Bréfritari: Stefanía Siggeirsdóttir
Viðtakandi: Páll Pálsson
Dagsetning: A-1866-03-02
Skrifað á: Hraungerði  Árn.
Stefanía var bróðurdóttir Páls Pálssonar

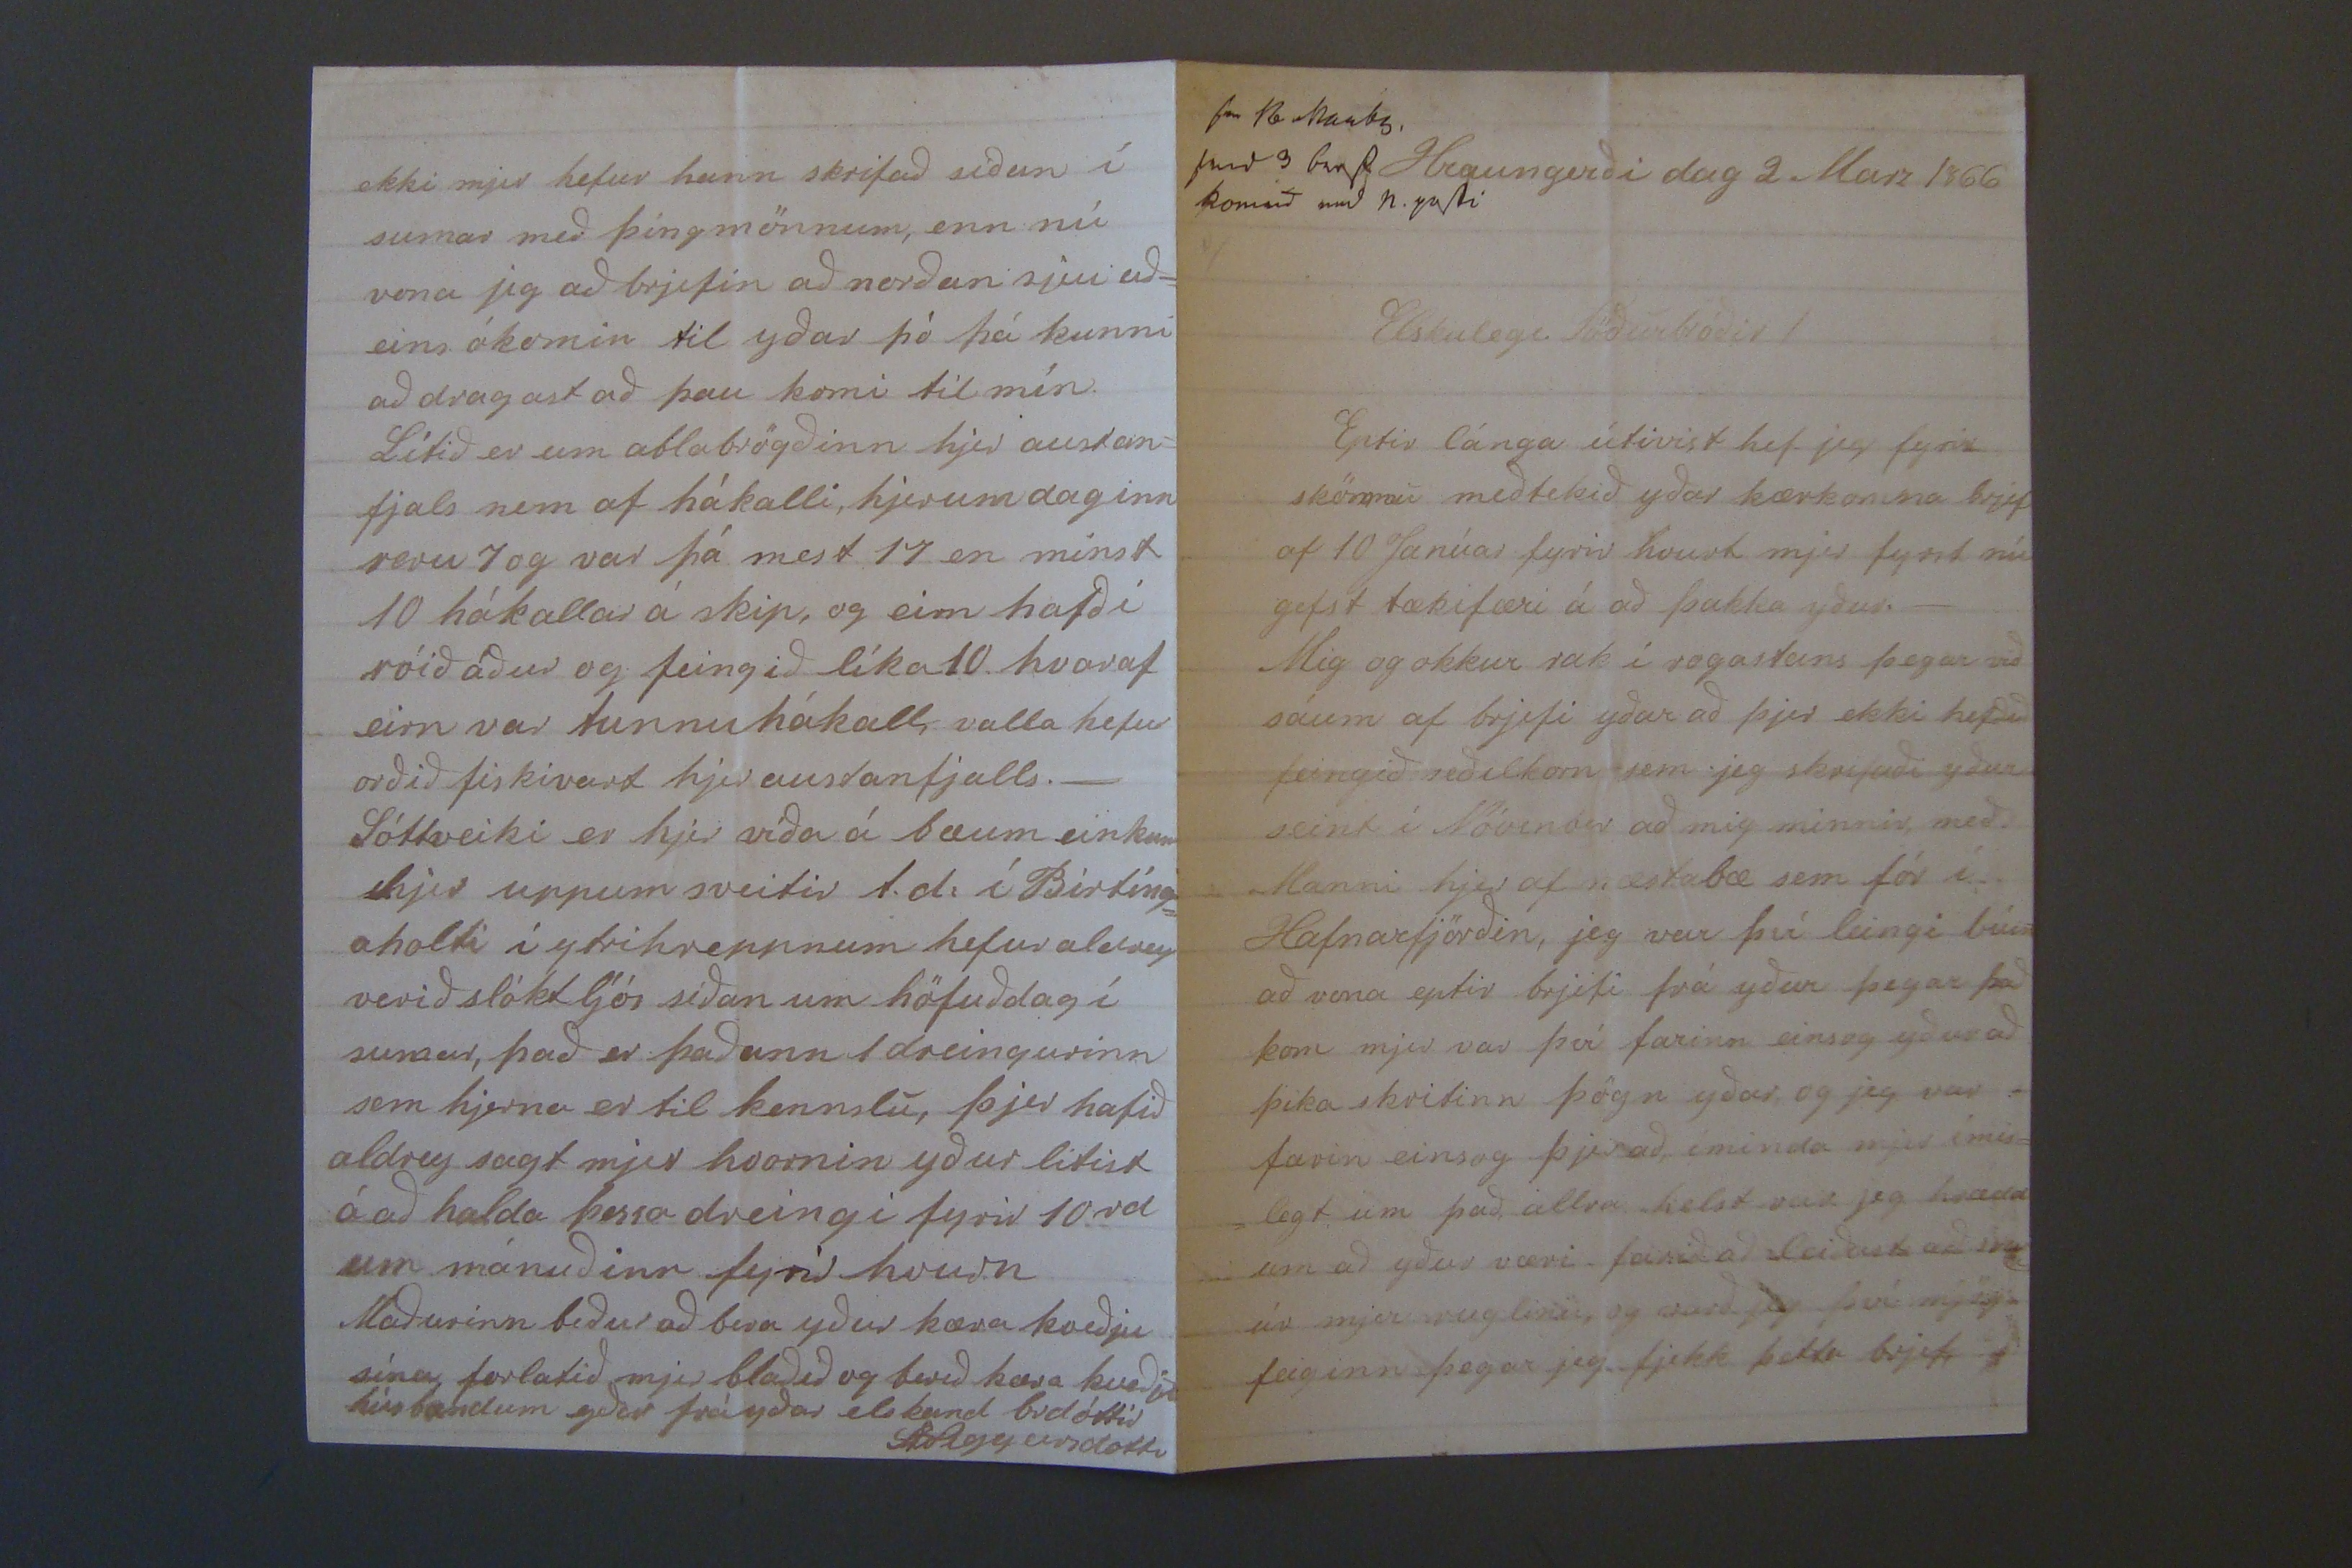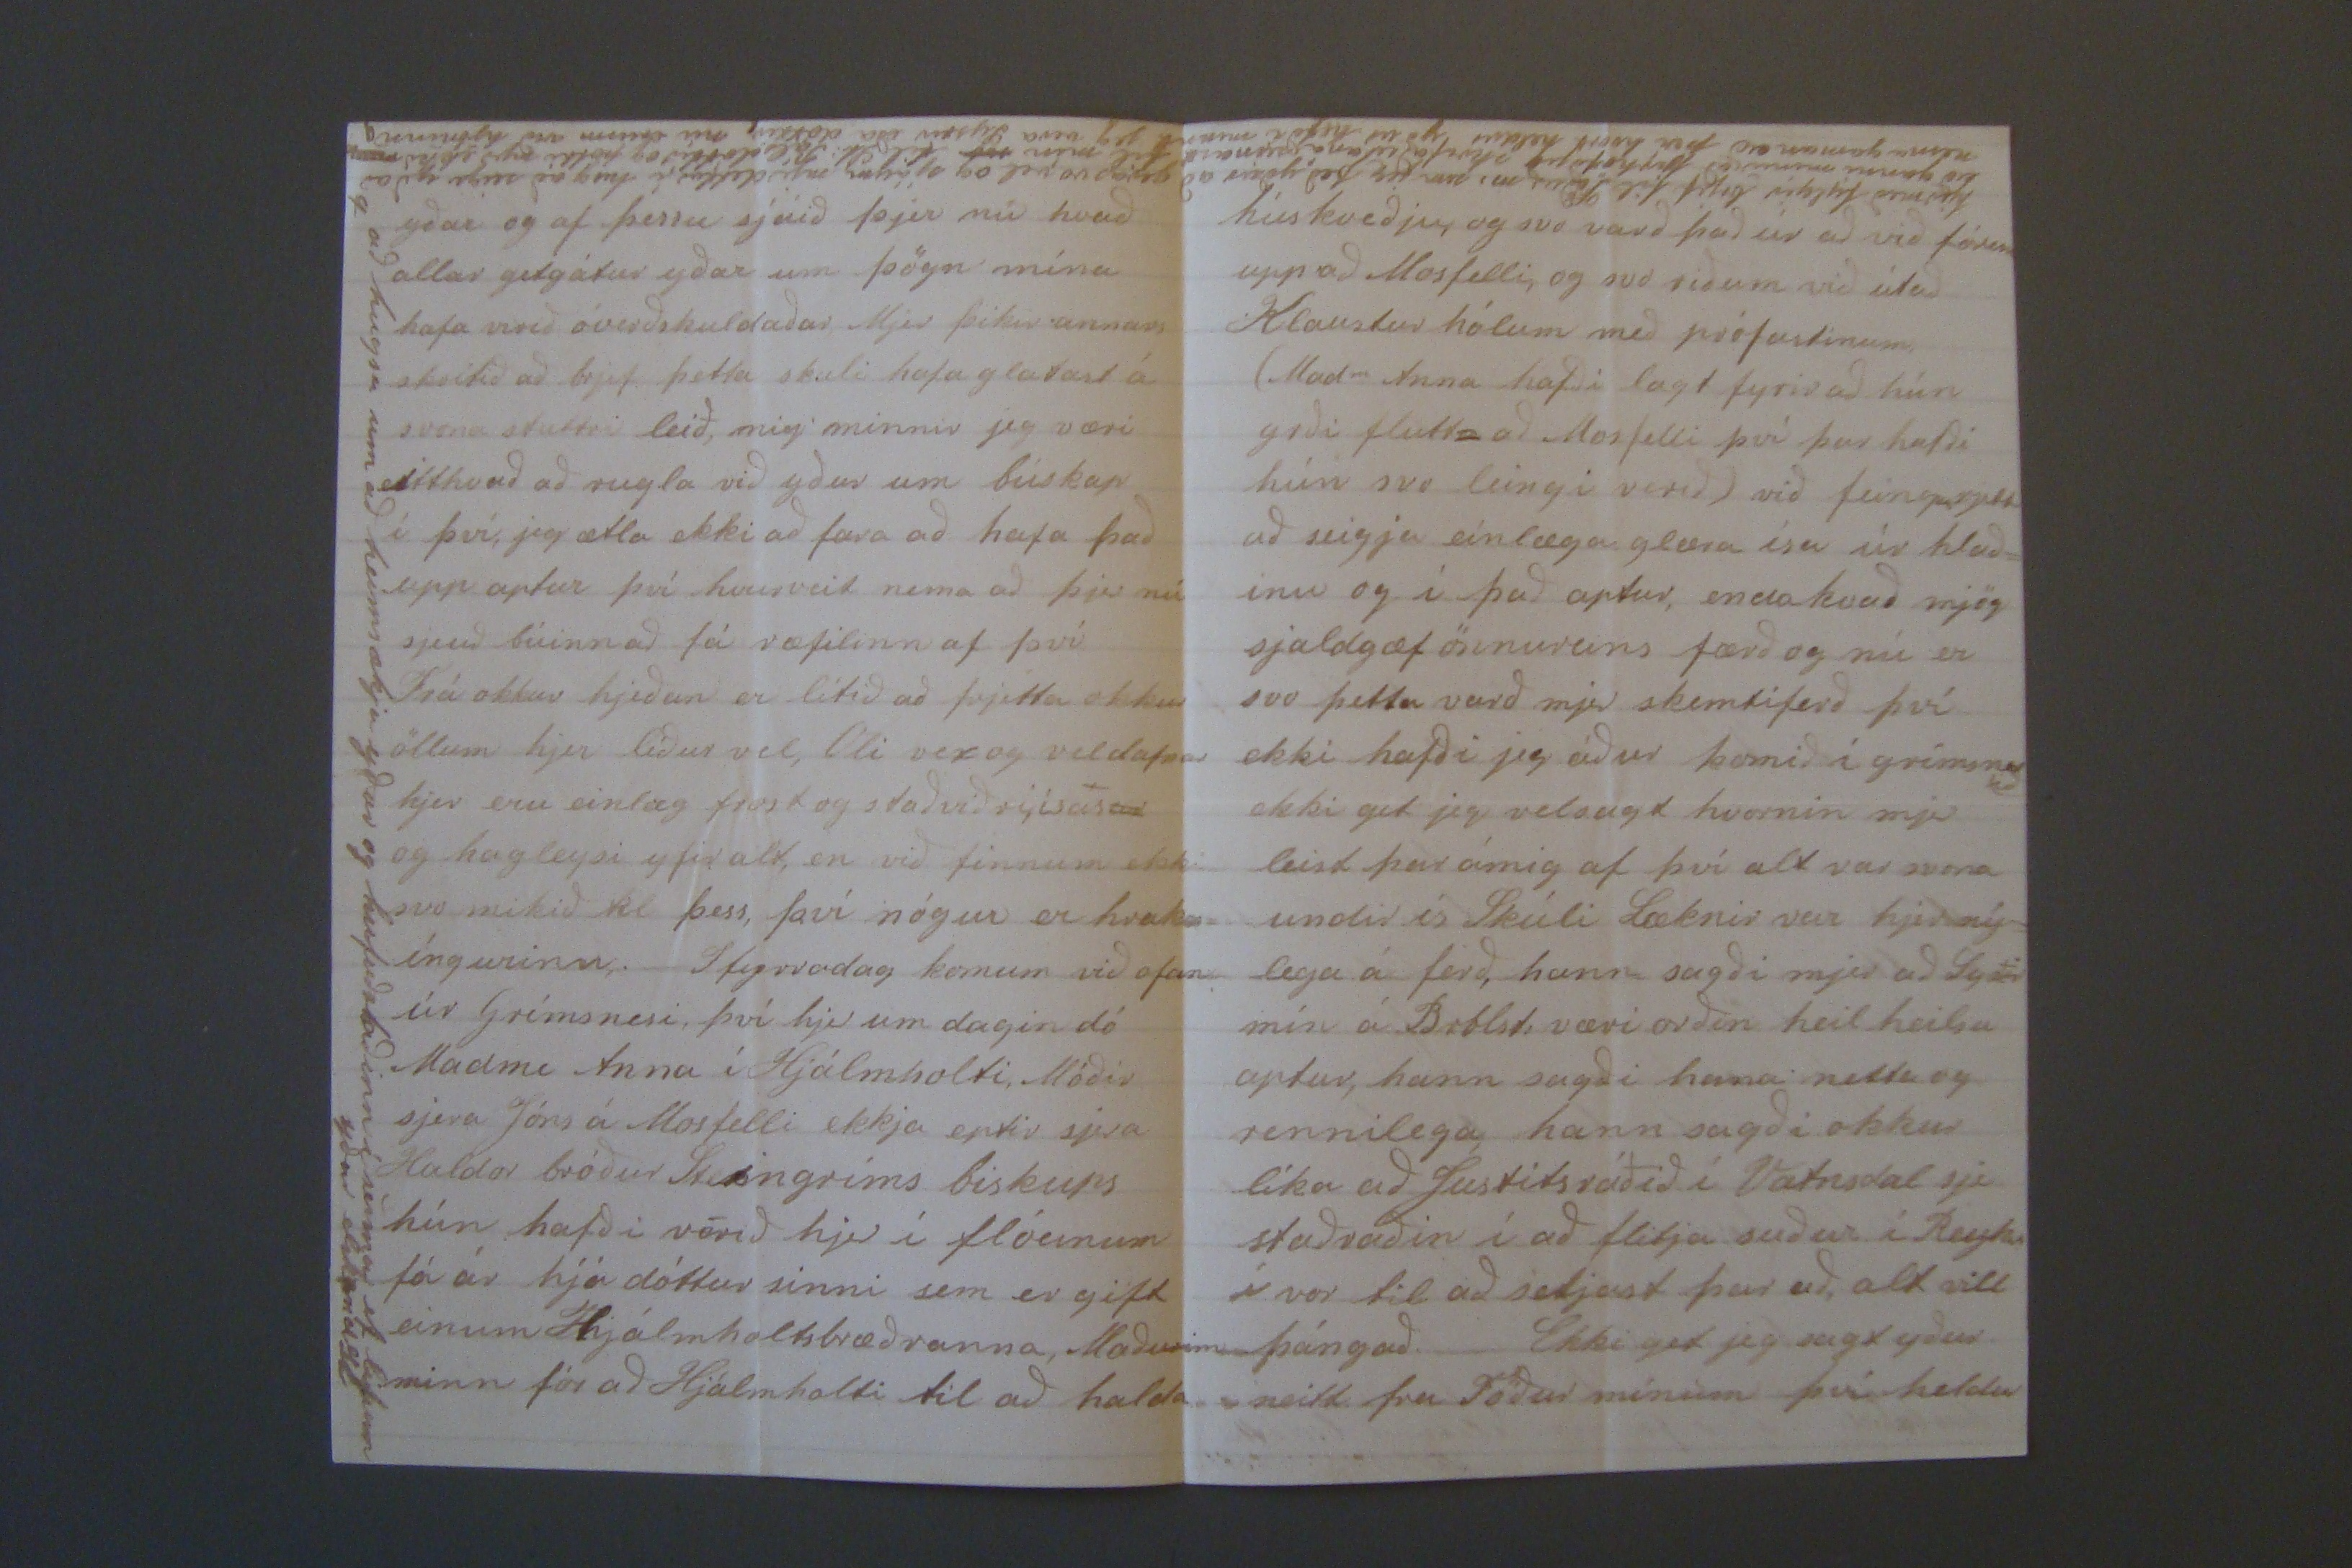

sv 16 Marts. ferd 9 bref komuð med 12. posti
Hraungerði dag 2. Marz 1866
Elskulegi föðurbróðir!
Eptir lánga útivist hef jeg fyrir skömmu meðtekið yðar kærkomna brjef af 10 Janúar fyrir hvurt mjer fyrst nú gefst tækifæri á að þakka yður._ Mig og okkur rak í rogastans þegar við sáum af brjefi yðar að þjer ekki hefðuð feingið seðilkorn sem jeg skrifaði yður seint í Nóvenber að mig minnir með Manni hjer af næstabæ sem fór í Hafnarfjörðin, jeg var því leingi búin að vona eptir brjefi frá yður þegar það kom mjer var því farinn einsog yður að þika skritinn þögn yðar og jeg var farin einsog þjer að íminda mjer ímis= =legt um það allra helst var jeg hrædd um að yður væri farið að leiðast að svara úr mjer ruglinu, og varð jeg því mjög feiginn þegar jeg fjekk þetta brjef,
yðar og af þessu sjáið þjer nú hvað allar getgátur yðar um þögn mína hafa verið óverðskuldaðar Mjer þikir annars skritið að brjef þetta skuli hafa glatast á svona stuttri leið, mig minnir jeg væri eitthvað að rugla við yður um búskap í því, jeg ætla ekki að fara að hafa það upp aptur því hvur veit nema að þjer nú sjeuð búinn að fá ræfilinn af því Frá okkur hjeðan er lítið að frjetta okkur öllum hjer líður vel, Oli vex og veldafnar hjer eru einlæg frost og staðviðris
00ás
og hagleysi yfir alt, en við finnum ekki svo mikið til þess, því nógur er hrakn= íngurinn. I fyrradag komum við ofan úr Grímsnesi því hjer um dagin dó Madme Anna í Hjálmholti, Móðir sjera Jóns á Mosfelli ekkja eptir sjera Haldor bróður Steingríms biskups hún hafði verið hjer í flóanum fá ár hjá dóttur sinni sem er gift einum Hjálmholtsbræðranna Maðurinn minn fór að Hjálmholti til að halda
að hugsa um að heimsækja yður og hufuðstaðin í sumar ef lifum yðar elskand St
húskveðju, og svo varð það úr að við fórum upp að Mosfelli, og svo riðum við útað Klaustur hólum með prófastinum, (Mad
m
Anna hafði lagt fyrir að hún yrði flutt að Mosfelli því þar hafði hún svo leingi verið) við feingu rjett að seigja einlæga glæra ísa úr hlað= inu og í það aptur, enda kvað mjög sjaldgæf önnureins færð og nú er svo þetta varð mjer skemtiferð því ekki hafði jeg áður komið í grímsnesið ekki get jeg velsagt hvornin mjer leist þar á mig af því alt var svona undir ís Skúli læknir var hjer ný= lega á ferð, hann sagði mjer að Systir mín á Brblst: væri orðin heil heilsu aptur, hann sagði hana netta og rennilega, hann sagði okkur líka að
Justitsráðið
í Vatnsdal sje staðráðin í að flitja suður í reyk: í vor til að setjast þar að, alt vill þángað. Ekki get jeg sagt yður neitt fra Föður mínum þvi heldur
hjer með fylgir brjef til Föður m: sem jeg bað yður að gera svo vel og sjáum mjer dettur í hug ad seigi yðar að gamni mínu að hjer höfðu
skrifað utan á 00inast
til mín til St: Pálsdóttir og þótti mjer ekki nema gaman ad því hvort heldur yður hefði
minni
jeg vera systir eða dóttir, nú erum við hjóninn
ekki mjer hefur hann skrifað síðan í sumar með þíngmönnum, enn nú vona jeg að brjefin að norðan sjeu að= eins ókomin til yðar þó þá kunni að dragast að þau komi til mín. Lítið er um ablabrögðinn hjer austan= fjals nem af hákalli, hjerum dæginn reru 7 og var þá mest 17 en minst 10 hákallar á skip, og eirn hafði róið áður og feingið líka 10 hvaraf eirn var tunnuhákall valla hefur orðið fiskivart hjer austanfjalls._ Sóttveiki er hjer víða á bæum einkum hjer uppum sveitir t.d: í Birtín= aholti í ytri hreppnum hefur aldrey verið slókt ljós síðan um höfuðdag í sumar, það er þaðann 1 dreingurinn sem hjerna er til kennslu, þjer hafið aldrey sagt mjer hvornin yður lítist á að halda þessa dreingi fyrir 10 rd um mánuðinn fyrir hvurn Maðurinn biður að bera yður kæra kveðju sína forlatið mjer blaðið og berið kæra kveðju húsbændum yðar frá yðar elskand brdóttir
St Siggeirsdottir